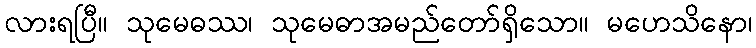
လားရပြီ။ သုမေဓဿ၊ သုမေဓာအမည်တော်ရှိသော။ မဟေသိနော၊